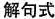
解句式